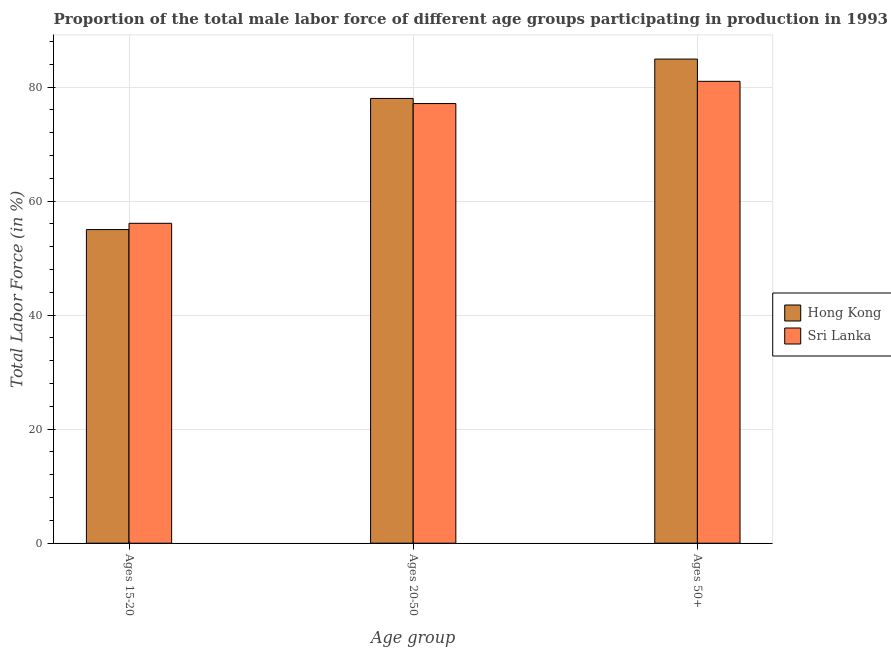
| Age group | Hong Kong | Sri Lanka |
 | --- | --- | --- |
 | Ages 15-20 | 55 | 56.1 |
 | Ages 20-50 | 78 | 77.1 |
 | Ages 50+ | 84.9 | 81 |